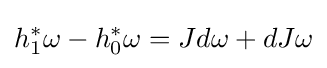
h_{1}^{*}\omega -h_{0}^{*}\omega =Jd\omega +dJ\omega